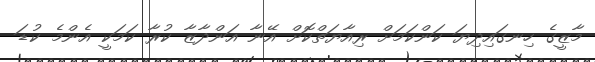
މާޒީގެ ހިނގައިދިޔަ ކަންކަމަށް ރިއާޔަތްކޮށް އޭނާ އަންދާޒާ ކުރާ ކަމަކީ އެންމެ ކުޑަ